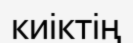
киіктің